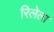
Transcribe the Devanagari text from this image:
रिलेला